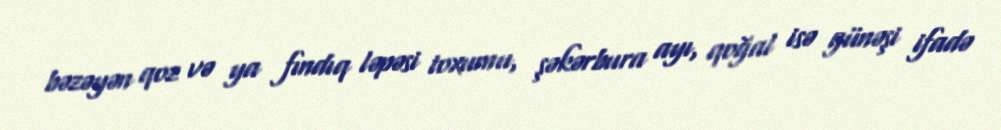
bəzəyən qoz və ya fındıq ləpəsi toxumu, şəkərbura ayı, qoğal isə günəşi ifadə